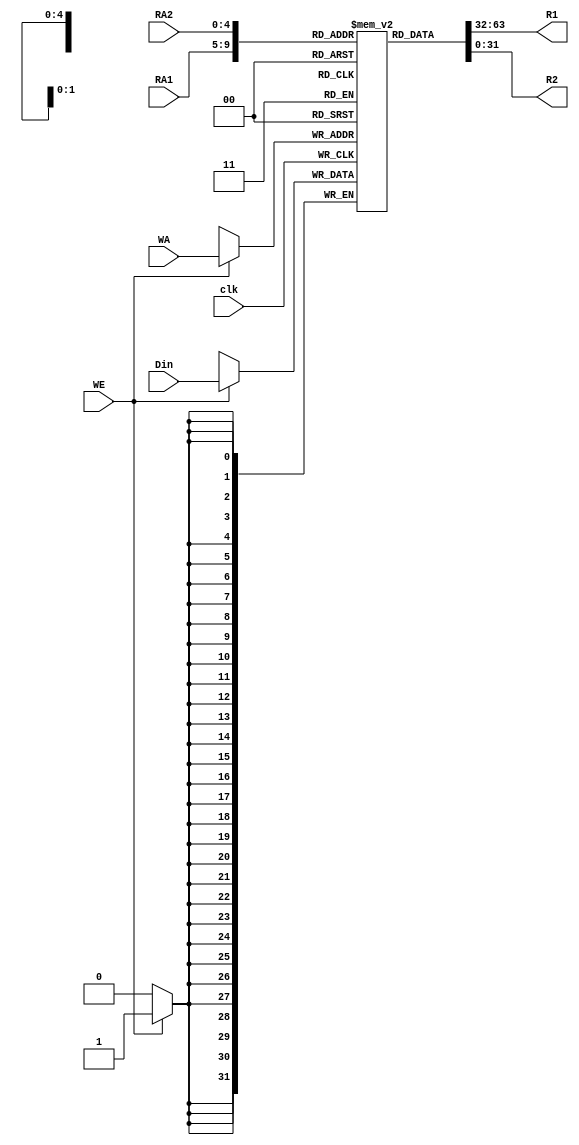
`timescale 1ns / 1ps

// logisim
module RegFile(RA1, RA2, WA, Din, WE, clk, R1, R2);
    input wire [4:0] RA1, RA2, WA;
    input wire [31:0] Din;
    input wire WE, clk;
    output wire [31:0] R1, R2;
    reg [31:0] regs[31:0];
    initial
    begin
        regs[0] <= 0;
    end
    assign R1 = regs[RA1];
    assign R2 = regs[RA2];
    
    always @ (posedge clk)
    begin
        if (WE)
        begin
            regs[WA] <= Din;
        end
    end

endmodule